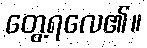
တွေ့ရလေ၏။